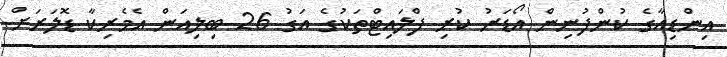
އިންޑިއާގެ ކުންފުނިން އޯޑަރު ކުރި ފްލައިޓްތަކުގެ އަގު 26 ބިލިއަން އެމެރިކާ ޑޮލަރަށް